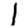
Digit: 1